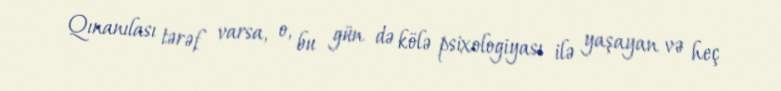
Qınanılası tərəf varsa, o, bu gün də kölə psixologiyası ilə yaşayan və heç